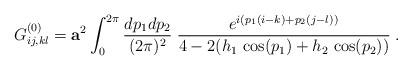
LaTeX: \begin{align*}G^{(0)}_{ij,kl}={\bf a}^2\int_0^{2\pi}\frac{dp_1 dp_2}{(2\pi)^2}\;\frac{e^{i(p_1(i-k)+p_2(j-l))}}{4-2(h_1\,\cos(p_1)+h_2\,\cos(p_2))}\; .\end{align*}